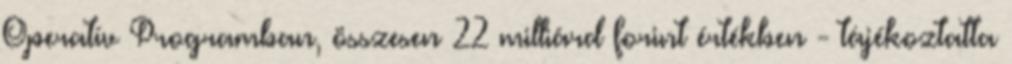
Operatív Programban, összesen 22 milliárd forint értékben - tájékoztatta